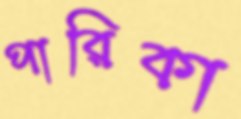
পারিকা